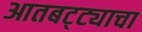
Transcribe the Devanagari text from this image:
आतबट्ट्याचा